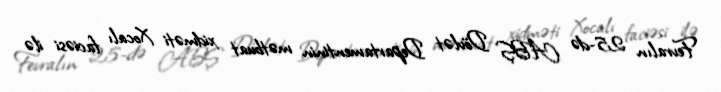
Fevralın 25-də ABŞ Dövlət Departamentinin mətbuat xidməti Xocalı faciəsi ilə